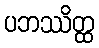
ပဘဿိတ္ထ